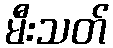
မီးသတ်